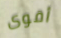
أقوى